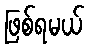
ဖြစ်ရမယ်